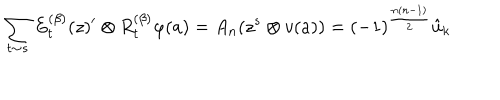
\sum _ { t \sim s } E _ { t } ^ { ( \beta ) } ( z ) ^ { \prime } \otimes R _ { t } ^ { ( \beta ) } \varphi ( a ) = A _ { n } ( z ^ { s } \otimes v ( a ) ) = ( - 1 ) ^ { \frac { n ( n - 1 ) } { 2 } } \hat { u } _ { k }